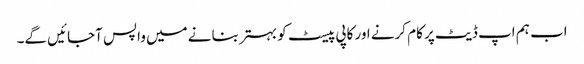
اب ہم اپ ڈیٹ پر کام کرنے اور کاپی پیسٹ کو بہتر بنانے میں واپس آجائیں گے۔